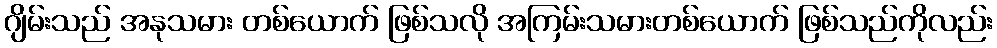
ဂျိမ်းသည် အနုသမား တစ်ယောက် ဖြစ်သလို အကြမ်းသမားတစ်ယောက် ဖြစ်သည်ကိုလည်း